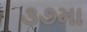
૩૭મા